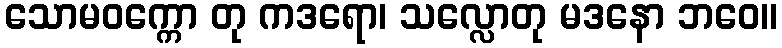
သောမဝက္ကော တု ကဒရော၊ သလ္လောတု မဒနော ဘဝေ။